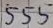
Text: 555